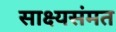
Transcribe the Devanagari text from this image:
साक्ष्यसंमत